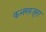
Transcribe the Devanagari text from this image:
कनखजूरा